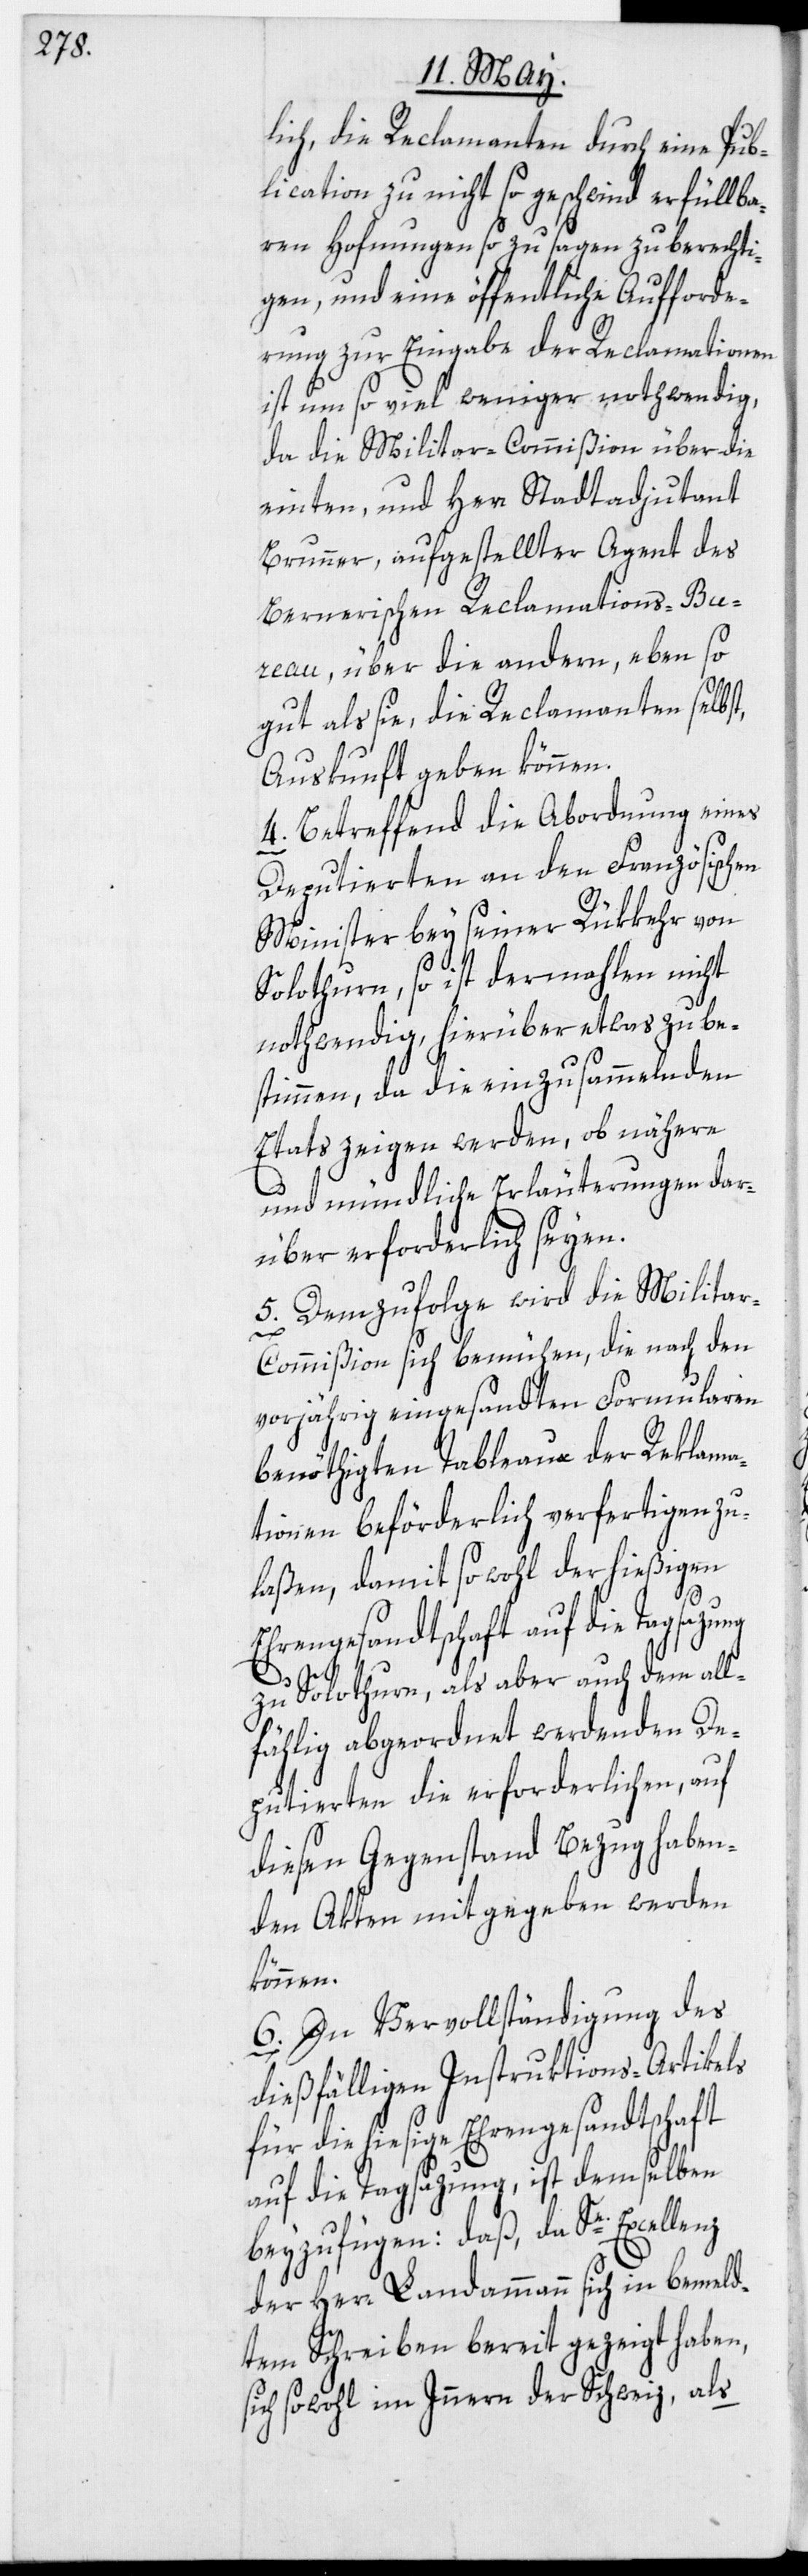
lich, die Reclamanten durch eine Pub¬
lication zu nicht so geschwind erfüllba¬
ren Hofnungen so zu sagen zu berechti¬
gen, und eine öffentliche Aufforde¬
rung zur Eingabe der Reclamationen
ist um so viel weniger nothwendig,
da die Militar-Commißion über die
einten, und Herr Stadtadjutant
Brunner, aufgestellter Agent des
Bernerischen Reclamations-Bu¬
reau, über die andern, eben so
gut als sie, die Reclamanten selbst,
Auskunft geben können.
4. Betreffend die Abordnung eines
Deputierten an den Französischen
Minister bey seiner Rükkehr von
Solothurn, so ist dermahlen nicht
nothwendig, hierüber etwas zu be¬
stimmen, da die einzusammelnden
Etats zeigen werden, ob nähere
und mündliche Erläuterungen dar¬
über erforderlich seyen.
5. Demzufolge wird die Milita¬
r-Commißion sich bemühen, die nach den
vorjährig eingesandten Formularen
benöthigten Tableaux der Reklama¬
tionen beförderlich verfertigen zu
laßen, damit so wohl der hießigen
Ehrengesandtschaft auf die Tagsazung
zu Solothurn, als aber auch dem all¬
fählig abgeordnet werdenden De¬
putierten die erforderlichen, auf
diesen Gegenstand Bezug haben¬
den Akten mitgegeben werden
können.
6. In Vervollständigung des
dießfälligen Instruktions-Artikels
für die hiesige Ehrengesandtschaft
auf die Tagsazung, ist demselben
beyzufügen: daß, da Se.
der Herr Landammann sich in bemeld¬
tem Schreiben bereit gezeigt haben,
sich sowohl im Innern der Schweiz, als